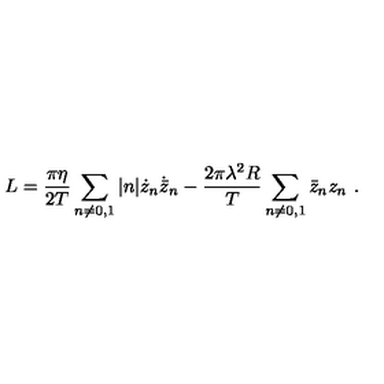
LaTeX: L = { \frac { \pi \eta } { 2 T } } \sum _ { n \neq 0 , 1 } | n | \dot { z } _ { n } \dot { \bar { z } } _ { n } - { \frac { 2 \pi \lambda ^ { 2 } R } { T } } \sum _ { n \neq 0 , 1 } \bar { z } _ { n } z _ { n } \ .